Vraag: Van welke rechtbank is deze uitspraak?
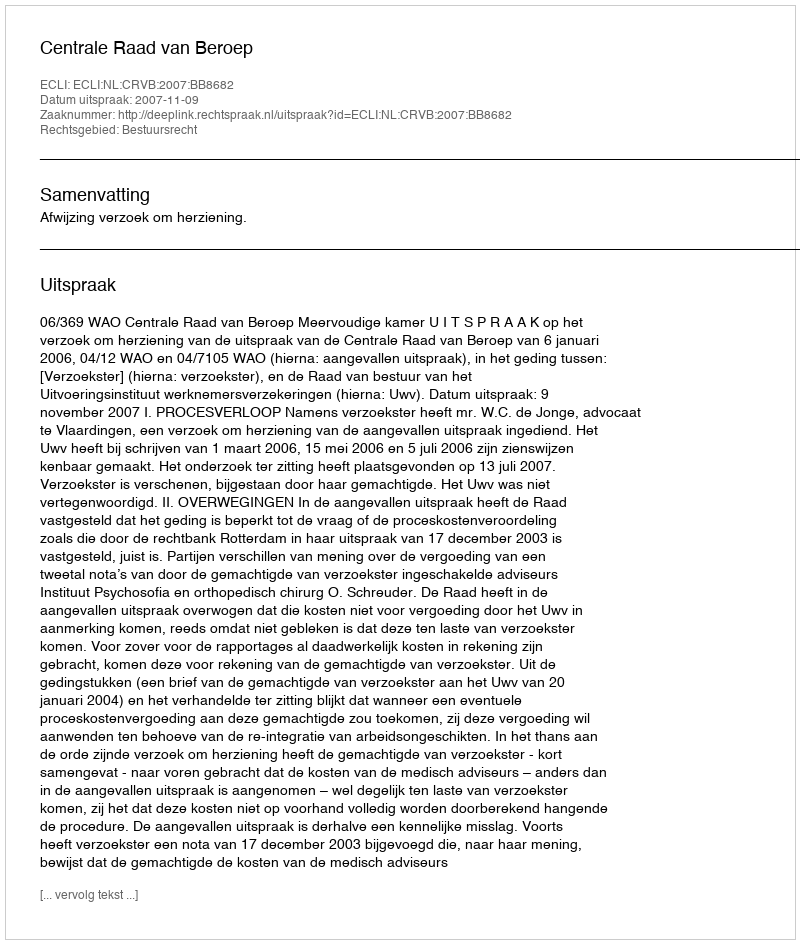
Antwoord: Centrale Raad van Beroep